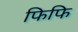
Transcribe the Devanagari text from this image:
फिफि